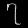
Digit: ၇